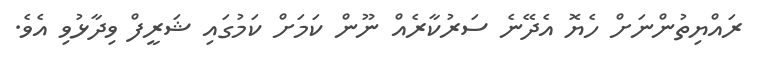
ރައްޔިތުންނަށް ހެޔޮ އެދޭނެ ސަރުކާރެއް ނޫން ކަމަށް ކަމުގައި ޝަރީފް ވިދާޅުވި އެވެ.